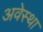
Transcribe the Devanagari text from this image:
अवेस्था